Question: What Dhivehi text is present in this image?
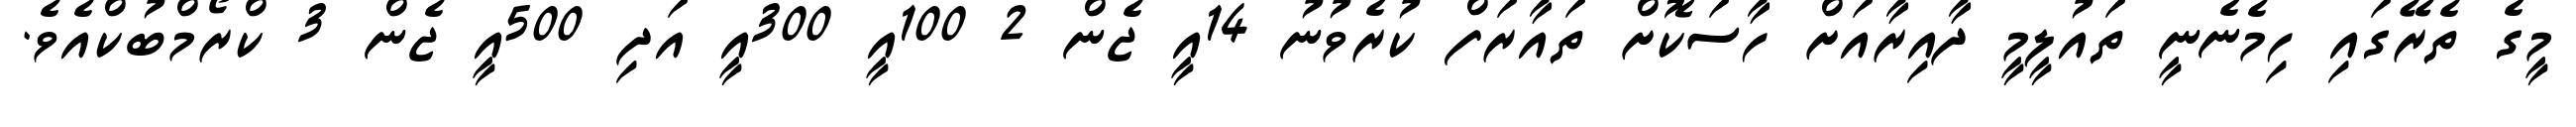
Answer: މީގެ ތެރޭގައި ހިމެނެނީ ތައުލީމީ ދާއިރާއަށް ހާސަކޮށް ތައާރަފް ކުރެވުނު 14އީ ޖެން 2 100އީ 300އީ އަދި 500އީ ޖެން 3 ކްރޯމްބުކްއެވެ.